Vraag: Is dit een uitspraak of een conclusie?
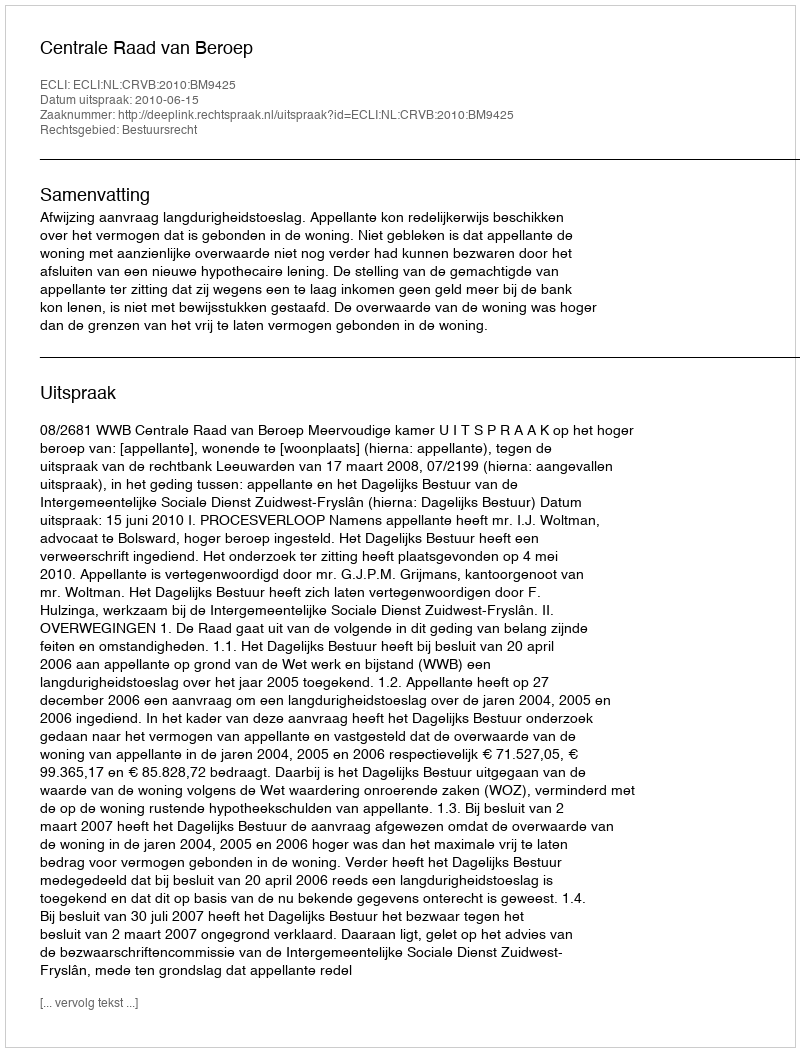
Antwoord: Uitspraak